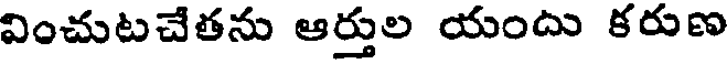
వించుటచేతను ఆర్తుల యందు కరుణ